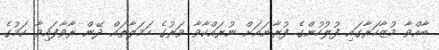
ބާއްވާ މުޒާހަރާގައި ފުލުހުންގެ ފުރާނައަށް ނުރައްކާވާ ވަރުގެ ހަމަލާތައް ދޭން ރާވާފައިވާ ކަމުގެ